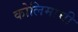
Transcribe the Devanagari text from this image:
कोलिमाची